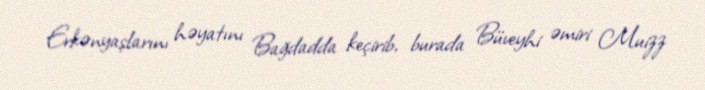
Erkənyaşlarını həyatını Bağdadda keçirib, burada Büveyhi əmiri Muizz